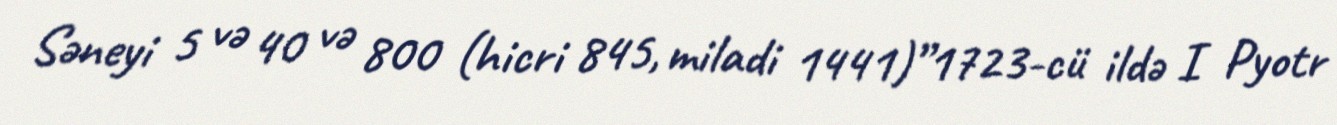
Səneyi 5 və 40 və 800 (hicri 845, miladi 1441)”1723-cü ildə I Pyotr